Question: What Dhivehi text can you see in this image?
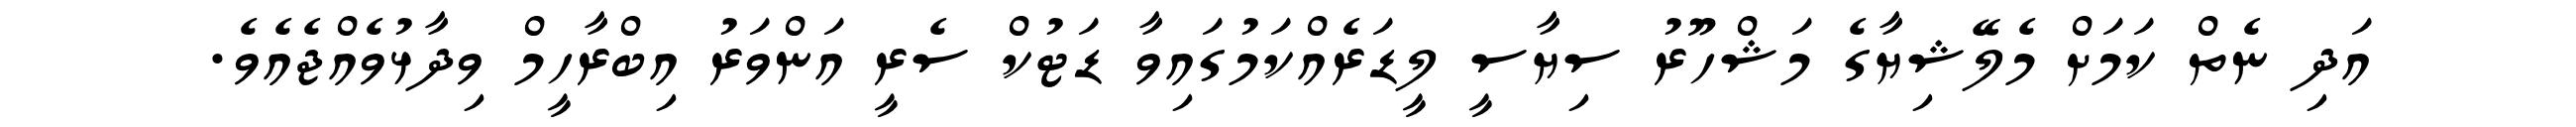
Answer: އަދި ނެތް ކަމަށް މެލޭޝިޔާގެ މަޝްހޫރު ސިޔާސީ ލީޑަރެއްކަމުގައިވާ ޑަޓުކް ސެރީ އަންވަރު އިބްރާހީމް ވިދާޅުވެއްޖެއެވެ.